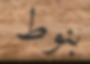
بنوط